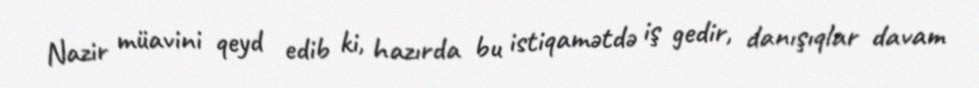
Nazir müavini qeyd edib ki, hazırda bu istiqamətdə iş gedir, danışıqlar davam